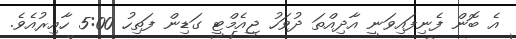
އެ ބޮން ފެނިފައިވަނީ އާދިއްތަ ދުވަހު ޖީއެމްޓީ ގަޑިން ފަތިހު 5:00 ހާއިރުއެވެ.